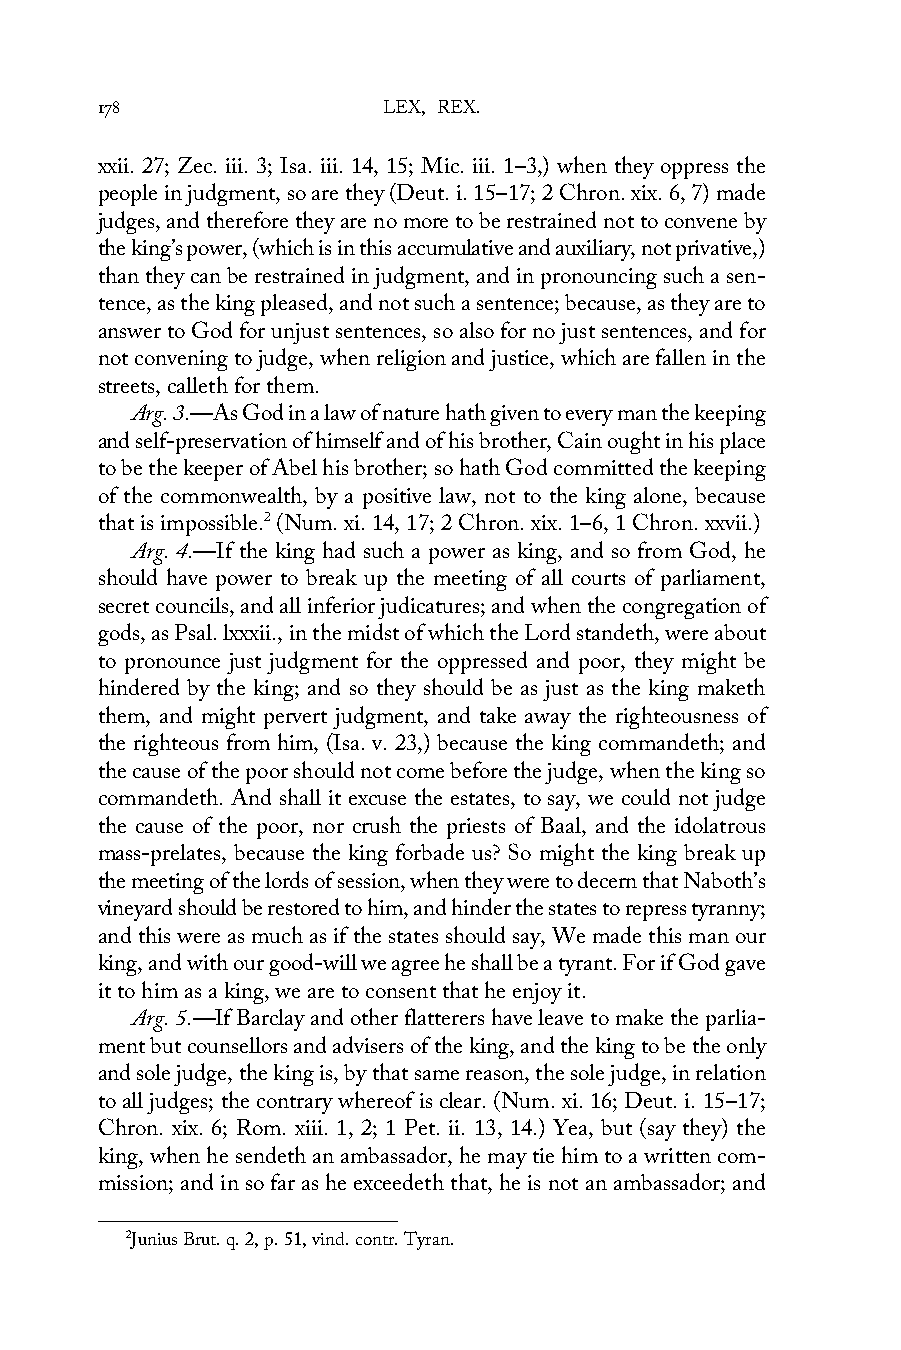
178                LEX, REX.
 xxii. 27; Zec. iii. 3; Isa. iii. 14, 15; Mic. iii. 1–3,) when they oppress the
 people in judgment, so are they (Deut. i. 15–17; 2 Chron. xix. 6, 7) made
 judges, and therefore they are no more to be restrained not to convene by
 the king’s power, (which is in this accumulative and auxiliary, not privative,)
 than they can be restrained in judgment, and in pronouncing such a sen-
 tence, as the king pleased, and not such a sentence; because, as they are to
 answer to God for unjust sentences, so also for no just sentences, and for
 not convening to judge, when religion and justice, which are fallen in the
 streets, calleth for them.
 Arg. 3.—As God in a law of nature hath given to every man the keeping
 and self-preservation of himself and of his brother, Cain ought in his place
 to be the keeper of Abel his brother; so hath God committed the keeping
 of the commonwealth, by a positive law, not to the king alone, because
 that is impossible.2 (Num. xi. 14, 17; 2 Chron. xix. 1–6, 1 Chron. xxvii.)
 Arg. 4.—If the king had such a power as king, and so from God, he
 should have power to break up the meeting of all courts of parliament,
 secret councils, and all inferior judicatures; and when the congregation of
 gods, as Psal. lxxxii., in the midst of which the Lord standeth, were about
 to pronounce just judgment for the oppressed and poor, they might be
 hindered by the king; and so they should be as just as the king maketh
 them, and might pervert judgment, and take away the righteousness of
 the righteous from him, (Isa. v. 23,) because the king commandeth; and
 the cause of the poor should not come before the judge, when the king so
 commandeth. And shall it excuse the estates, to say, we could not judge
 the cause of the poor, nor crush the priests of Baal, and the idolatrous
 mass-prelates, because the king forbade us? So might the king break up
 the meeting of the lords of session, when they were to decern that Naboth’s
 vineyard should be restored to him, and hinder the states to repress tyranny;
 and this were as much as if the states should say, We made this man our
 king, and with our good-will we agree he shall be a tyrant. For if God gave
 it to him as a king, we are to consent that he enjoy it.
 Arg. 5.—If Barclay and other flatterers have leave to make the parlia-
 ment but counsellors and advisers of the king, and the king to be the only
 and sole judge, the king is, by that same reason, the sole judge, in relation
 to all judges; the contrary whereof is clear. (Num. xi. 16; Deut. i. 15–17;
 Chron. xix. 6; Rom. xiii. 1, 2; 1 Pet. ii. 13, 14.) Yea, but (say they) the
 king, when he sendeth an ambassador, he may tie him to a written com-
 mission; and in so far as he exceedeth that, he is not an ambassador; and
 2Junius Brut. q. 2, p. 51, vind. contr. Tyran.